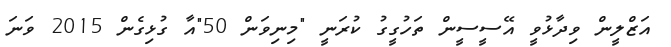
އަޒްލީން ވިދާޅުވީ އޭސީސީން ތަހުގީގު ކުރަނީ "މިނިވަން 50"އާ ގުޅިގެން 2015 ވަނަ